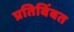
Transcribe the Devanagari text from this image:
प्रतिबिंबत